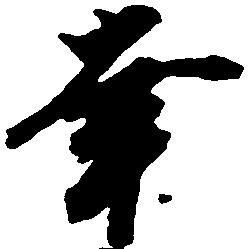
幸